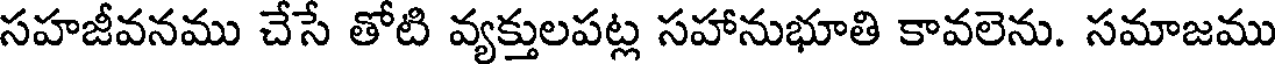
సహజీవనము చేసే తోటి వ్యక్తులపట్ల సహానుభూతి కావలెను. సమాజము